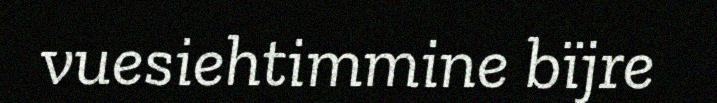
vuesiehtimmine bïjre